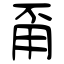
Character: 甭